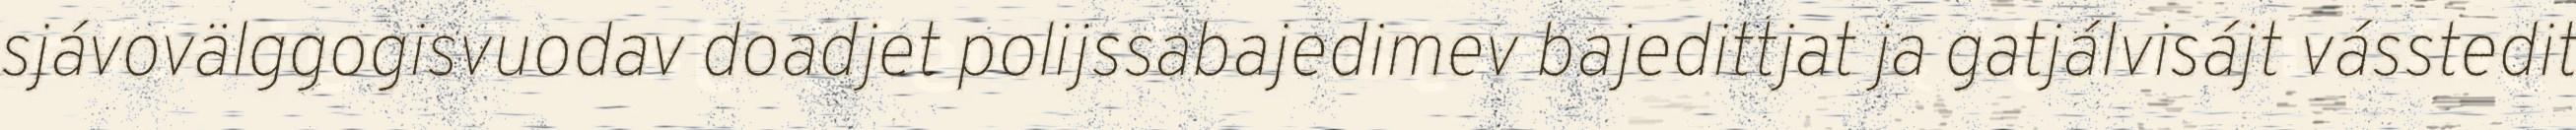
sjávovälggogisvuodav doadjet polijssabajedimev bajedittjat ja gatjálvisájt vásstedit